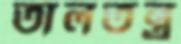
তালতন্ত্র